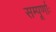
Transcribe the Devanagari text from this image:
सम्पूर्णाः